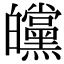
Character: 㿩